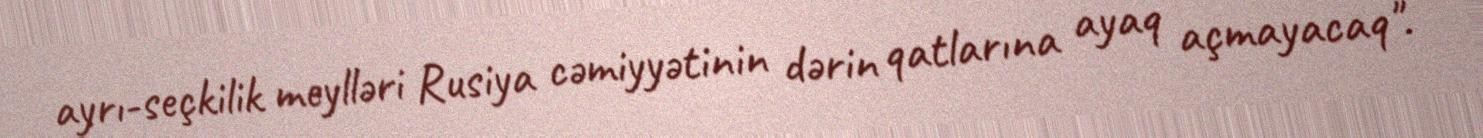
ayrı-seçkilik meylləri Rusiya cəmiyyətinin dərin qatlarına ayaq açmayacaq".